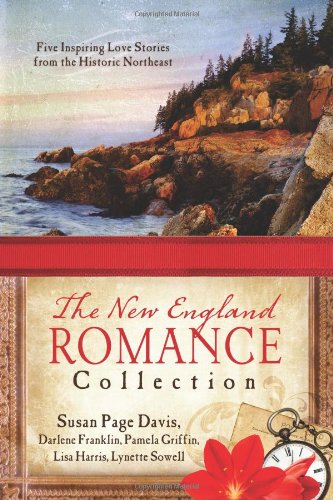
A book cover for The New England Romance Collection: Five Inspiring Love Stories from the Historic Northeast; Susan Page Davis; Christian Books & Bibles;